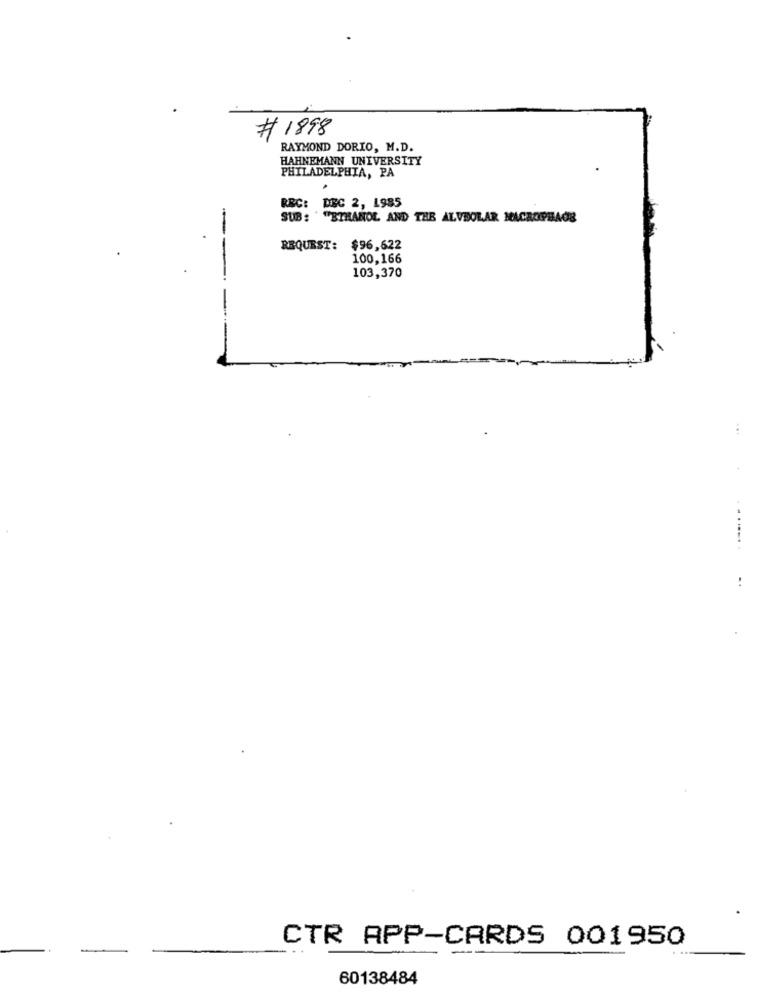
# 1898
RAYMOND DORIO, M.D.
HAHNEMANN UNIVERSITY
PHILADELPHIA, PA
REC: DEC 2, 1985
SUB : " "ETHANOL AND THE ALVEOLAR MACROPHAGE
--
REQUEST: $96,622
100,166
103,370
......
CTR APP-CARDS 001950
60138484